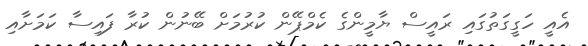
އެއީ ހަގީގަތުގައި ރައީސް ޔާމީންގެ ކެމްޕޭން ކުރުމަށް ބޭނުން ކުރާ ފައިސާ ކަމަށާއި